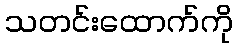
သတင်းထောက်ကို